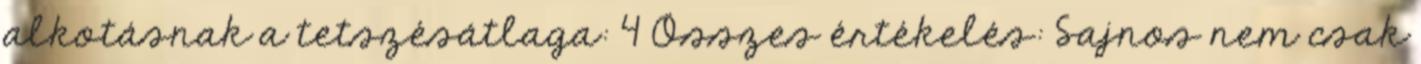
alkotásnak a tetszésátlaga: 4 Összes értékelés: Sajnos nem csak